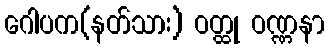
ဂေါပက(နတ်သား) ဝတ္ထု ဝဏ္ဏနာ